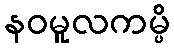
နဝမူလကမ္ပိ